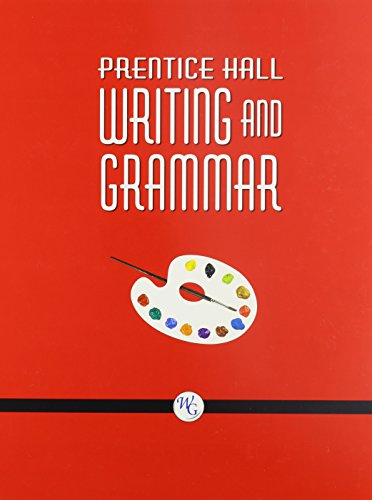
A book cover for WRITING AND GRAMMAR STUDENT EDITION GRADE 8 TEXTBOOK 2008C; PRENTICE HALL; Teen & Young Adult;